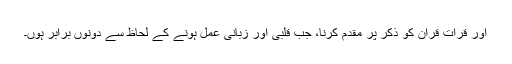
اور قرأت قرآن کو ذکر پر مقدم کرنا، جب قلبی اور زبانی عمل ہونے کے لحاظ سے دونوں برابر ہوں۔